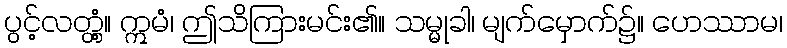
ပွင့်လတ္တံ့။ ဣမံ၊ ဤသိကြားမင်း၏။ သမ္မုခါ၊ မျက်မှောက်၌။ ဟေဿာမ၊